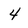
Character: 4